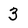
Character: 3